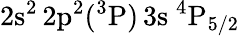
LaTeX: \mathrm{2s^{2}\, 2p^{2}(^{3}P)\, 3s~^{4}P_{5/2}}